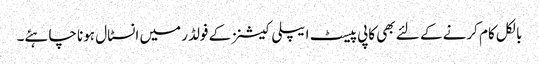
بالکل کام کرنے کے لئے بھی کاپی پیسٹ ایپلی کیشنز کے فولڈر میں انسٹال ہونا چاہئے۔